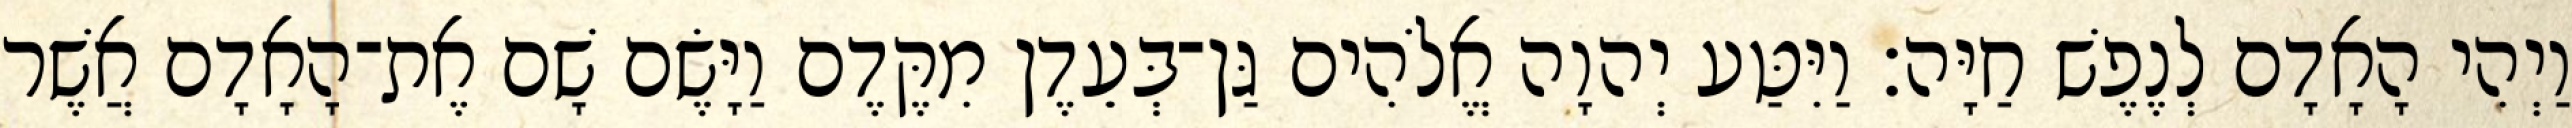
וַיְהִי הָאָדָם לְנֶפֶשׁ חַיָּה׃ וַיִּטַּע יְהוָה אֱלֹהִים גַּן־בְּעֵדֶן מִקֶּדֶם וַיָּשֶׂם שָׁם אֶת־הָאָדָם אֲשֶׁר